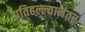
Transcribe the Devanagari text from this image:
प्रतिहल्ल्यानंतर